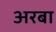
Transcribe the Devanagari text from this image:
अरबा